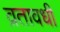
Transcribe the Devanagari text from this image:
व्रतावधी